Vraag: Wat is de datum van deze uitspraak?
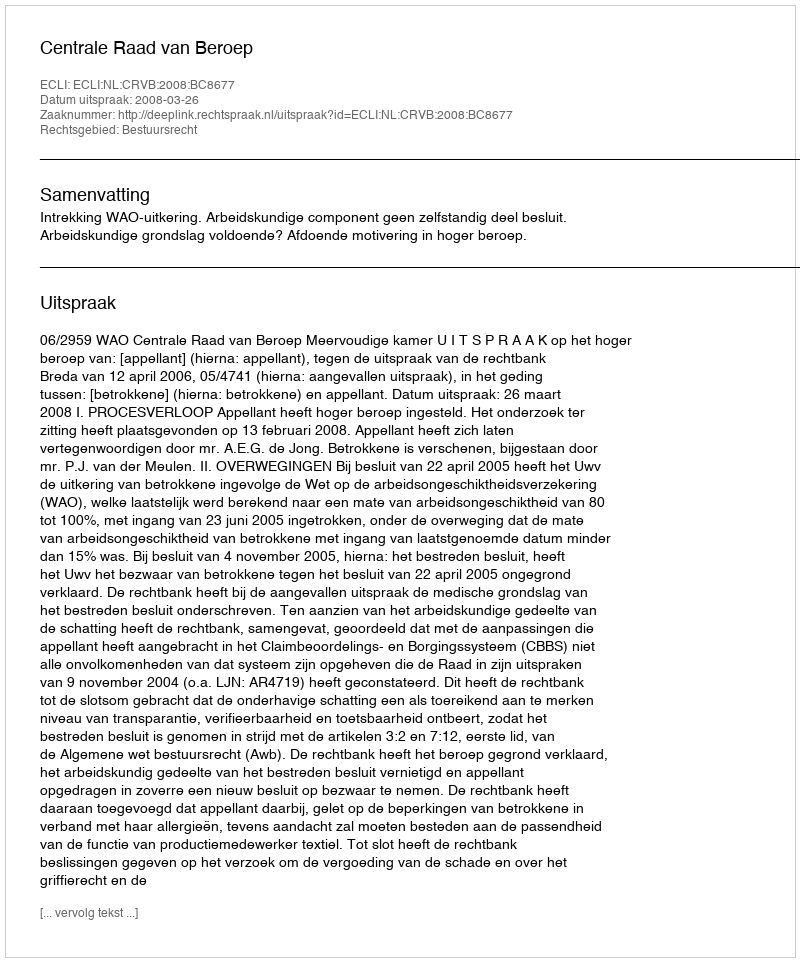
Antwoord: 2008-03-26